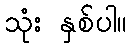
သုံး နှစ်ပါ။